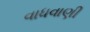
વાધવાણી